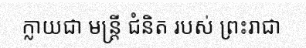
ក្លាយជា មន្ត្រី ជំនិត របស់ ព្រះរាជា